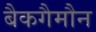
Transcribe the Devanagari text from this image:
बैकगैमौन